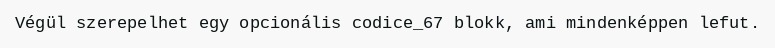
Végül szerepelhet egy opcionális codice_67 blokk, ami mindenképpen lefut.